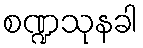
စဏ္ဍသုနခါ